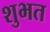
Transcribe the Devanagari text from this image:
शुभत